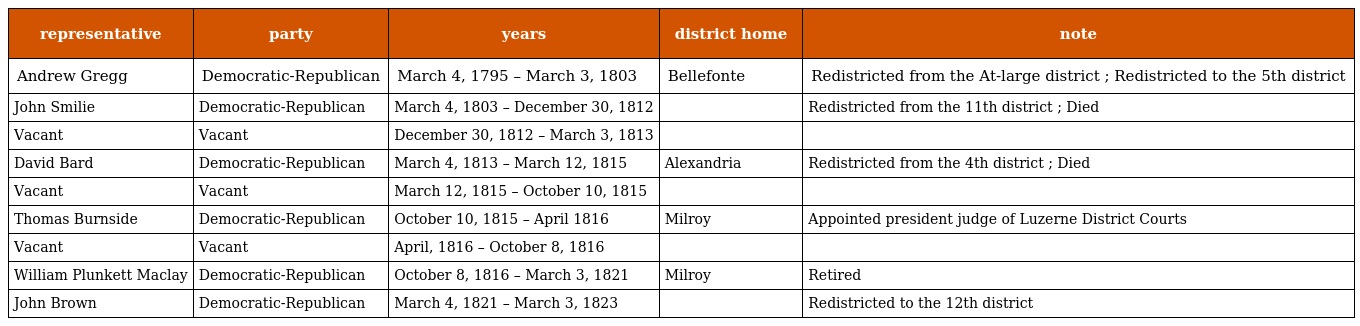
| representative | party | years | district home | note |
 | --- | --- | --- | --- | --- |
 | Andrew Gregg | Democratic-Republican | March 4, 1795 – March 3, 1803 | Bellefonte | Redistricted from the At-large district ; Redistricted to the 5th district |
 | John Smilie | Democratic-Republican | March 4, 1803 – December 30, 1812 |  | Redistricted from the 11th district ; Died |
 | Vacant | Vacant | December 30, 1812 – March 3, 1813 |  |  |
 | David Bard | Democratic-Republican | March 4, 1813 – March 12, 1815 | Alexandria | Redistricted from the 4th district ; Died |
 | Vacant | Vacant | March 12, 1815 – October 10, 1815 |  |  |
 | Thomas Burnside | Democratic-Republican | October 10, 1815 – April 1816 | Milroy | Appointed president judge of Luzerne District Courts |
 | Vacant | Vacant | April, 1816 – October 8, 1816 |  |  |
 | William Plunkett Maclay | Democratic-Republican | October 8, 1816 – March 3, 1821 | Milroy | Retired |
 | John Brown | Democratic-Republican | March 4, 1821 – March 3, 1823 |  | Redistricted to the 12th district |